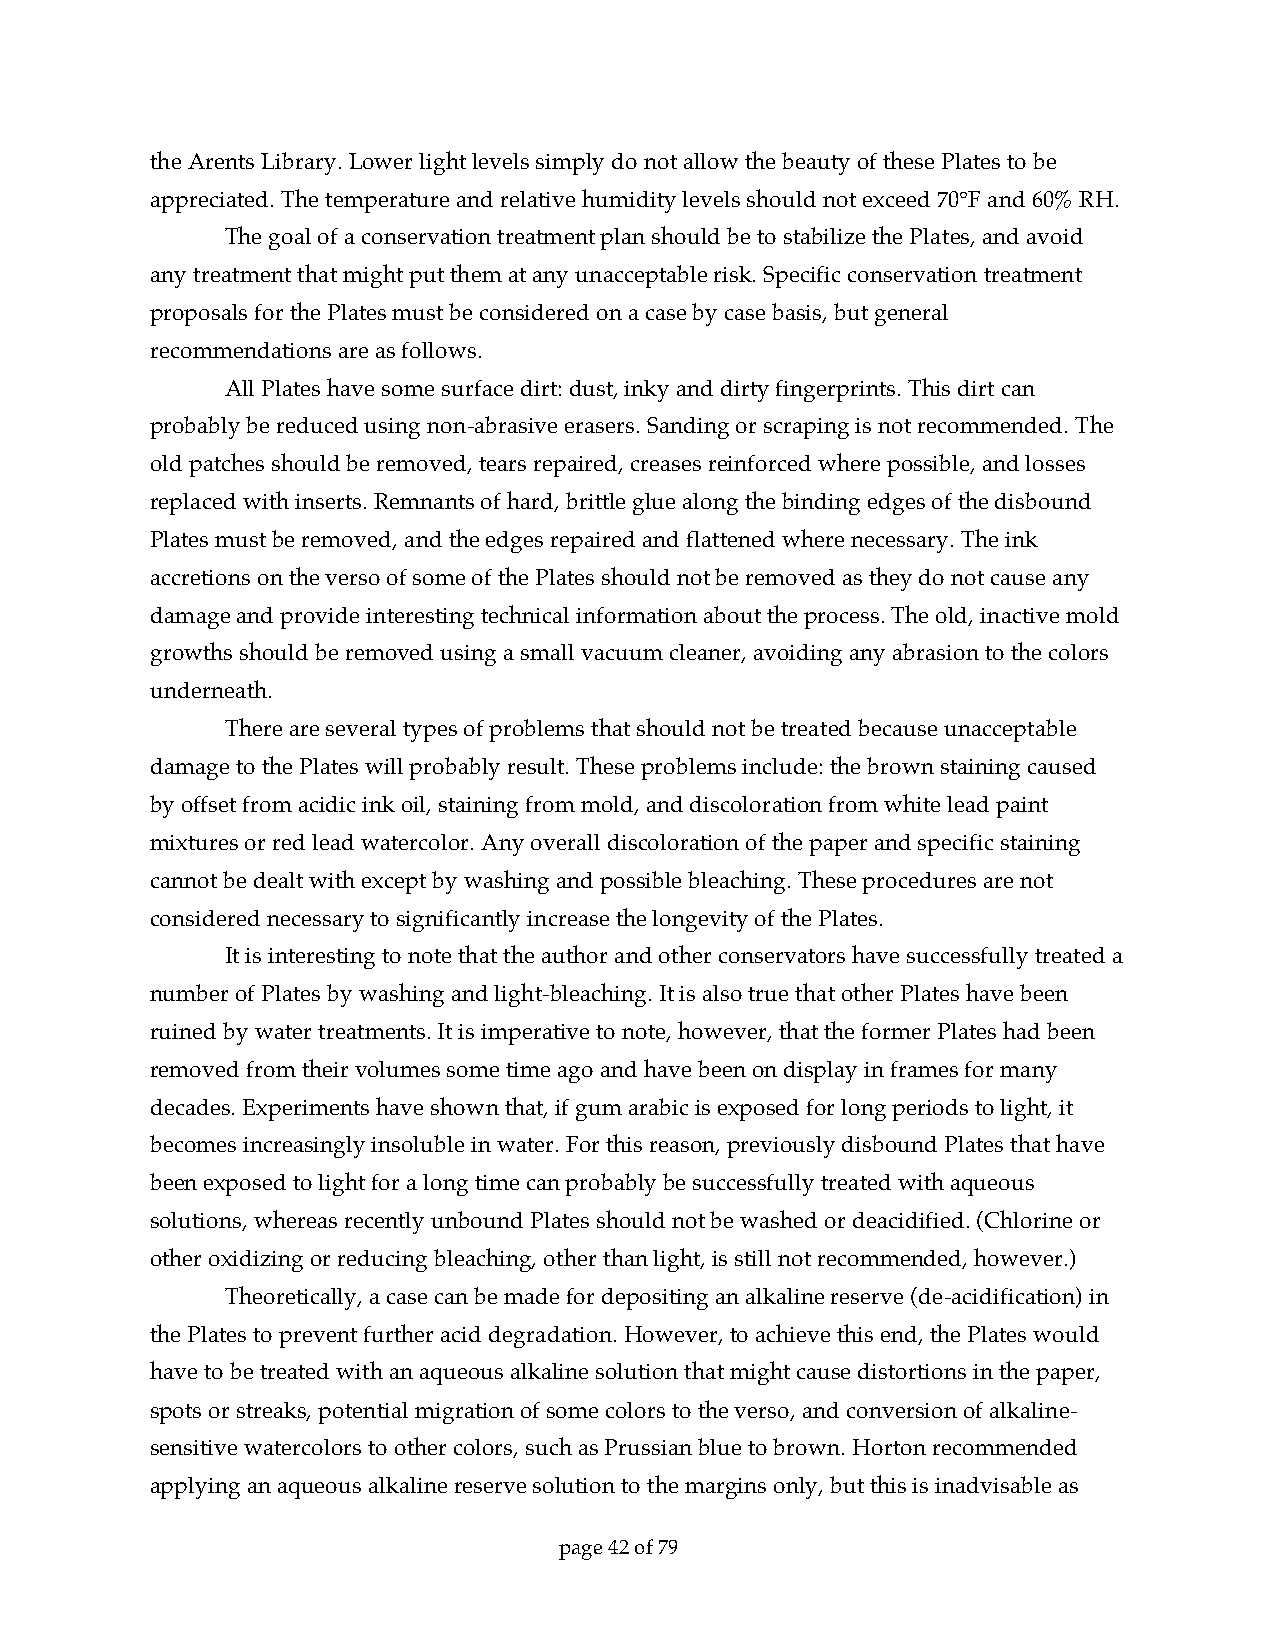
the Arents Library. Lower light levels simply do not allow the beauty of these Plates to be
 appreciated. The temperature and relative humidity levels should not exceed 70°F and 60% RH.
 The goal of a conservation treatment plan should be to stabilize the Plates, and avoid
 any treatment that might put them at any unacceptable risk. Specific conservation treatment
 proposals for the Plates must be considered on a case by case basis, but general
 recommendations are as follows.
 All Plates have some surface dirt: dust, inky and dirty fingerprints. This dirt can
 probably be reduced using non-abrasive erasers. Sanding or scraping is not recommended. The
 old patches should be removed, tears repaired, creases reinforced where possible, and losses
 replaced with inserts. Remnants of hard, brittle glue along the binding edges of the disbound
 Plates must be removed, and the edges repaired and flattened where necessary. The ink
 accretions on the verso of some of the Plates should not be removed as they do not cause any
 damage and provide interesting technical information about the process. The old, inactive mold
 growths should be removed using a small vacuum cleaner, avoiding any abrasion to the colors
 underneath.
 There are several types of problems that should not be treated because unacceptable
 damage to the Plates will probably result. These problems include: the brown staining caused
 by offset from acidic ink oil, staining from mold, and discoloration from white lead paint
 mixtures or red lead watercolor. Any overall discoloration of the paper and specific staining
 cannot be dealt with except by washing and possible bleaching. These procedures are not
 considered necessary to significantly increase the longevity of the Plates.
 It is interesting to note that the author and other conservators have successfully treated a
 number of Plates by washing and light-bleaching. It is also true that other Plates have been
 ruined by water treatments. It is imperative to note, however, that the former Plates had been
 removed from their volumes some time ago and have been on display in frames for many
 decades. Experiments have shown that, if gum arabic is exposed for long periods to light, it
 becomes increasingly insoluble in water. For this reason, previously disbound Plates that have
 been exposed to light for a long time can probably be successfully treated with aqueous
 solutions, whereas recently unbound Plates should not be washed or deacidified. (Chlorine or
 other oxidizing or reducing bleaching, other than light, is still not recommended, however.)
 Theoretically, a case can be made for depositing an alkaline reserve (de-acidification) in
 the Plates to prevent further acid degradation. However, to achieve this end, the Plates would
 have to be treated with an aqueous alkaline solution that might cause distortions in the paper,
 spots or streaks, potential migration of some colors to the verso, and conversion of alkaline-
 sensitive watercolors to other colors, such as Prussian blue to brown. Horton recommended
 applying an aqueous alkaline reserve solution to the margins only, but this is inadvisable as
 page 42 of 79